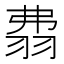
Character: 𦐡